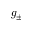
g _ { \pm }